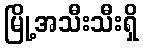
မြို့အသီးသီးရှိ